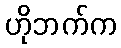
ဟိုဘက်က